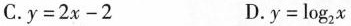
C.$$y=2x-2$$ D.$$y=\log_{2}x$$